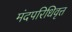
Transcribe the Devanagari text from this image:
मंदपरिधिवृत्त